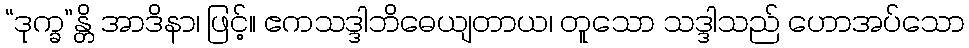
“ဒုက္ခ”န္တိ အာဒိနာ၊ ဖြင့်။ ဧကသဒ္ဒါဘိဓေယျတာယ၊ တူသော သဒ္ဒါသည် ဟောအပ်သော